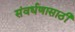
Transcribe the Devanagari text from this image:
संवर्धणासाठी